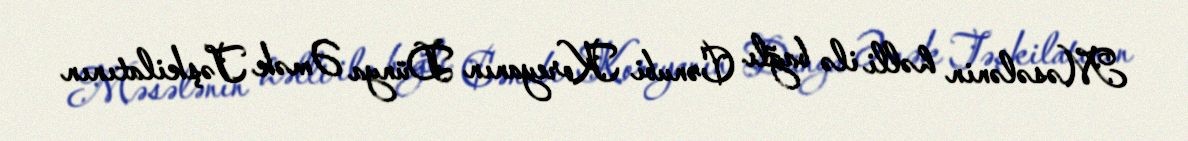
Məsələnin həlli ilə bağlı Cənubi Koreyanın Dünya Əmək Təşkilatının